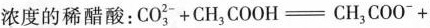
浓度的稀醋酸: $$ CO_{3}^{2-}+CH_{3}COOH=CH_{3}COO^{-}+